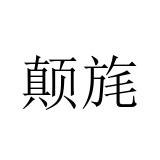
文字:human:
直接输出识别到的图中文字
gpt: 颠旄